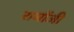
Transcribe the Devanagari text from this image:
रामोंजी